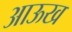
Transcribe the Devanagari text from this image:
आऊख